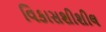
વિકાસશીશીલ